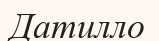
Датилло